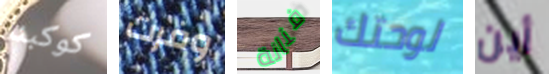
كوكبنا وفرت فنانة لوحتك أين